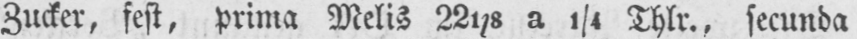
Zucker, fest, prima Melis 221/8 a 1/4 Thlr., secunda